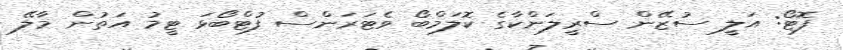
ފޮޓޯ: އަލީ ސުޒޭން ސްރީލަންކާގެ ކޮލަމްބޯ ވެޓަރަންސް ފުޓްބޯޅަ ޓީމު އަތުން މާލޭ